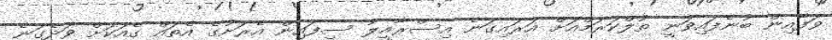
ވަފާއިން ބުނެފައިވަނީ ތުލްކަރަމްއަށް އަރައިގަނެ އިސްރާއީލު ސިފައިން އެރަށުގެ އެތައް ގެއަކަށް ވަދެގަނެ